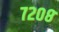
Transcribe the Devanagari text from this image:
७२०८